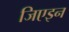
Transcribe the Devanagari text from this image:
जिएइन